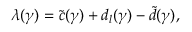
\lambda ( \gamma ) = \widetilde c ( \gamma ) + d _ { l } ( \gamma ) - \widetilde d ( \gamma ) ,